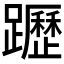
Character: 𨇗